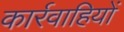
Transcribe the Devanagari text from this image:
कार्रवाहियों